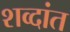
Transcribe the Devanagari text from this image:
शव्दांत